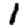
Digit: 1